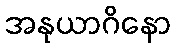
အနုယာဂိနော